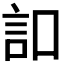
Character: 𧥣